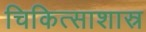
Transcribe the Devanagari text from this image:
चिकित्साशास्र